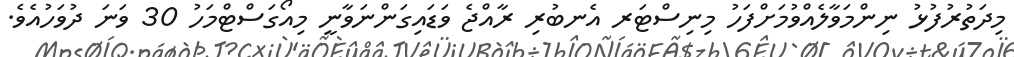
މިދަތުރުފުޅު ނިންމަވާލެއްވުމަށްފަހު މިނިސްޓަރ އެނބުރި ރާއްޖެ ވަޑައިގަންނަވާނީ މިއޯގަސްޓްމަހު 30 ވަނަ ދުވަހުއެވެ.